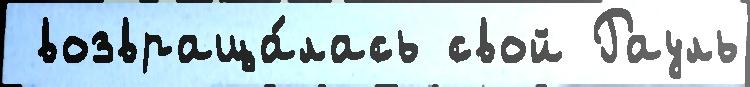
 возвраща́лась свой Рауль